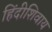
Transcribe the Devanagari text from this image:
हिंदीशिवाय